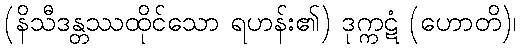
(နိသီဒန္တဿထိုင်သော ရဟန်း၏) ဒုက္ကဋံ (ဟောတိ)၊